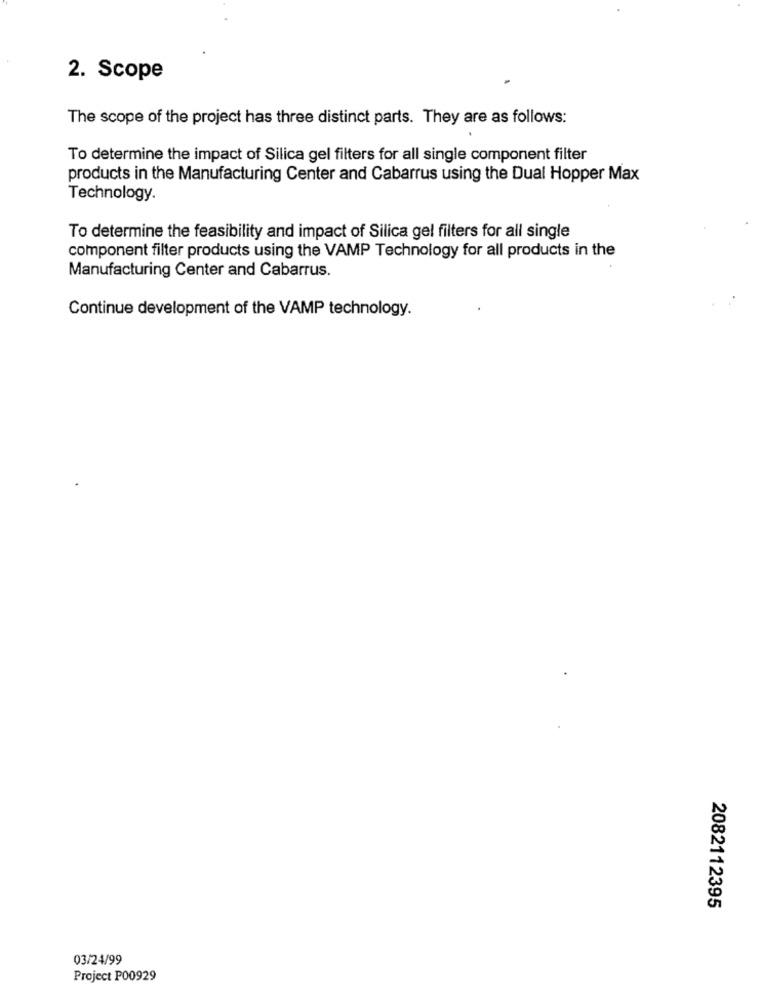
2. Scope
The scope of the project has three distinct parts. They are as follows:
To determine the impact of Silica gel filters for all single component filter
products in the Manufacturing Center and Cabarrus using the Dual Hopper Max
Technology.
To determine the feasibility and impact of Silica gel filters for all single
component filter products using the VAMP Technology for all products in the
Manufacturing Center and Cabarrus.
Continue development of the VAMP technology.
2082112395
03/24/99
Project P00929